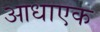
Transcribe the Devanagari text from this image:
आधाएक